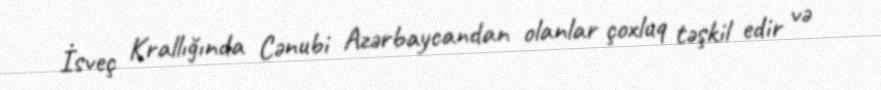
İsveç Krallığında Cənubi Azərbaycandan olanlar çoxluq təşkil edir və